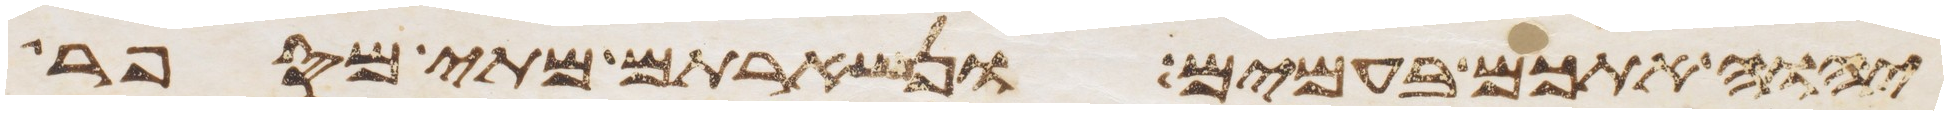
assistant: יהוה אתכם בעמים ונשארתם מתי מספר